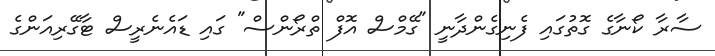
ސާރާ ކޯނާގެ ގޮތުގައި ފެނިގެންދާނީ "ގޭމްސް އޮފް ތްރޯންސް" ގައި ޑައެނެރީސް ޓާގޭރިއަންގެ